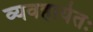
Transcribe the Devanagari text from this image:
व्यवहार्यतः